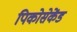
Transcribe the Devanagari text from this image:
पिकोसेकेंड